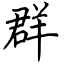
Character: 群